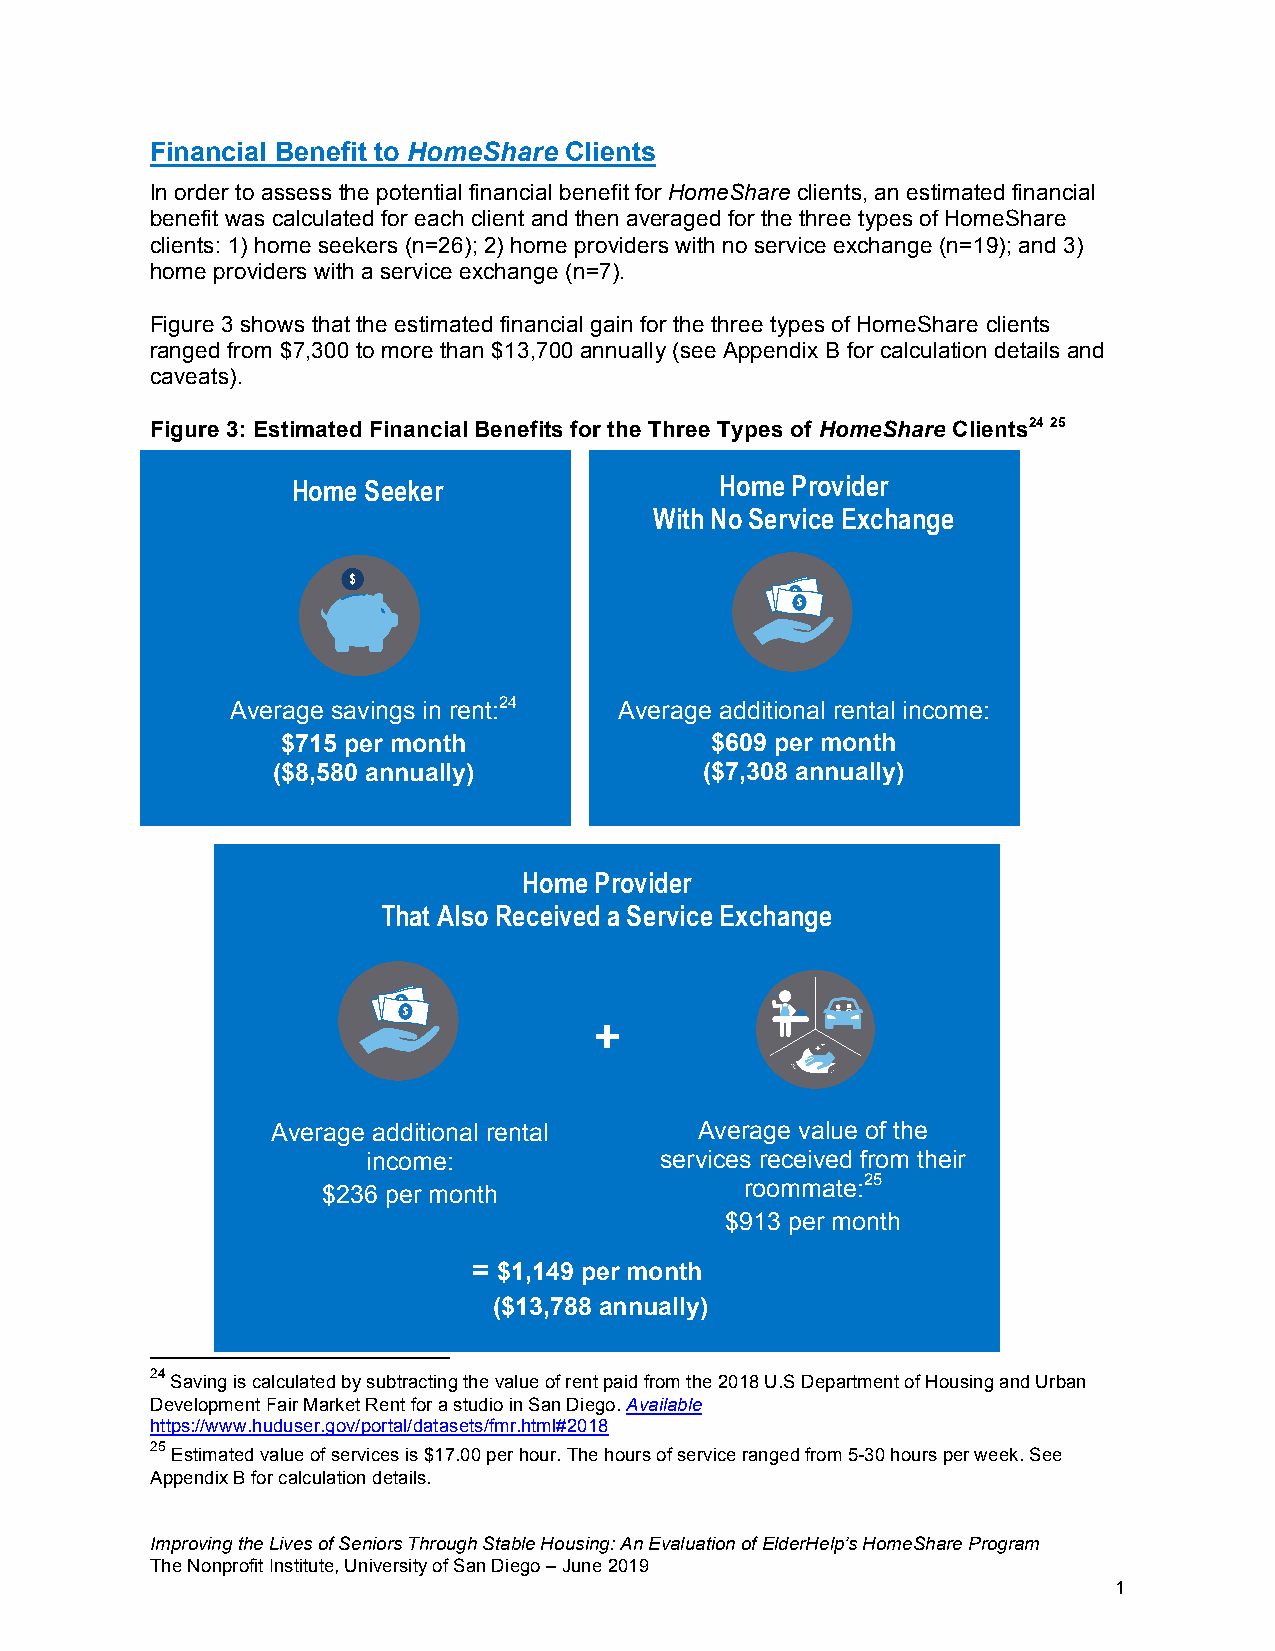
Financial Benefit to HomeShare Clients
 In order to assess the potential financial benefit for HomeShare clients, an estimated financial
 benefit was calculated for each client and then averaged for the three types of HomeShare
 clients: 1) home seekers (n=26); 2) home providers with no service exchange (n=19); and 3)
 home providers with a service exchange (n=7).
 Figure 3 shows that the estimated financial gain for the three types of HomeShare clients
 ranged from $7,300 to more than $13,700 annually (see Appendix B for calculation details and
 caveats).
 Figure 3: Estimated Financial Benefits for the Three Types of HomeShare Clients24 25
 Home Seeker                  Home Provider             Average Savings in Rent:
 With No Service Exchange
 $734 per month
 ($8,808 annually)
 Average savings in rent:24 Average additional rental income:
 Average Additional Rental Income:
 $715 per month              $609 per month
 $609 per month
 ($8,580 annually)            ($7,308 annually)
 ($7,308 annually)
 Home Provider
 That Also Received a Service Exchange
 +
 Average additional rental   Average value of the
 income:             services received from their
 $236 per month
 roommate:25
 $913 per month
 = $1,149 per month
 ($13,788 annually)
 24
 Saving is calculated by subtracting the value of rent paid from the 2018 U.S Department of Housing and Urban
 Development Fair Market Rent for a studio in San Diego. Available
 https://www.huduser.gov/portal/datasets/fmr.html#2018
 25
 Estimated value of services is $17.00 per hour. The hours of service ranged from 5-30 hours per week. See
 Appendix B for calculation details.
 Improving the Lives of Seniors Through Stable Housing: An Evaluation of ElderHelp’s HomeShare Program
 The Nonprofit Institute, University of San Diego – June 2019
 1
 5